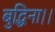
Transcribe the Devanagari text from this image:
बुद्धिना।।